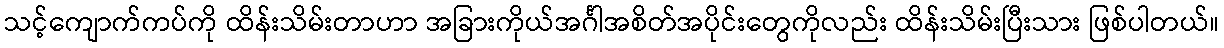
သင့်ကျောက်ကပ်ကို ထိန်းသိမ်းတာဟာ အခြားကိုယ်အင်္ဂါအစိတ်အပိုင်းတွေကိုလည်း ထိန်းသိမ်းပြီးသား ဖြစ်ပါတယ်။